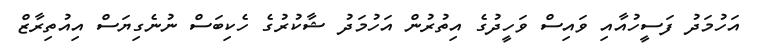
އަހުމަދު ފަސީހުއާއި ވައިސް ވަހީދުގެ އިތުރުން އަހުމަދު ޝާކުރުގެ ހެކިބަސް ނުނެގިޔަސް އިއުތިރާޒް